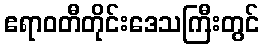
ဧရာဝတီတိုင်းဒေသကြီးတွင်